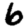
Digit: 6